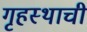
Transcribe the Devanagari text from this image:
गृहस्थाची